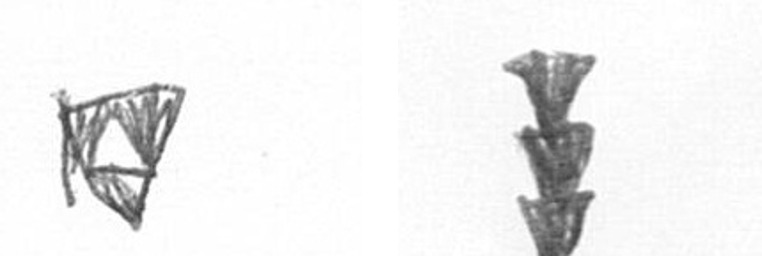
S E